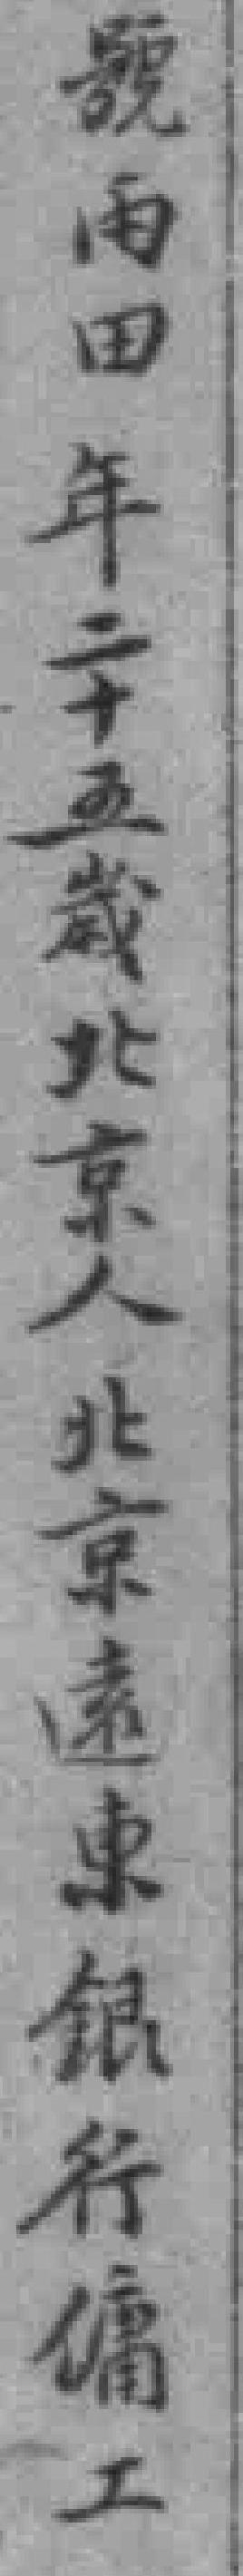
號雨田年二十五歲北京人北京遠東銀行傭工